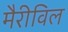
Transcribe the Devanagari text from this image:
मैरीविल